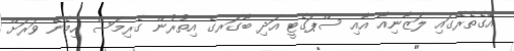
އޭގެތެރޭގައި ލަޒާނިއާ އާއި ސްޕަގެޓީ އަދި ބާގަރގެ އިތުރުން ގެރިމަސް ހިމެނޭ ވަރަށް